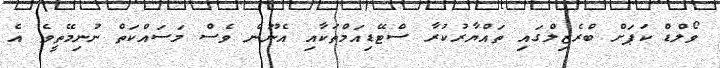
ވޯލްޑް ކަޕަށް ބްރެޒިލްގައި ތައްޔާރުކުރާ ސްޓޭޑިއަމްތަކާއި އެނޫން ވެސް މަސައްކަތް ނުނިމޭތީވެ އެ